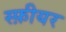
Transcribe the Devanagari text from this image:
स्फ़ीयर